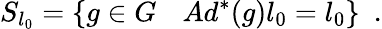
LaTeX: S_{l_{0}}=\{ g\in G\ \, \ \ Ad^{*}(g)l_{0}=l_{0}\} \ \ .